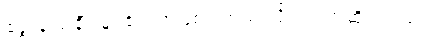
ရွေးချယ်ချီးမြှင့်ခံရတာဖြစ်ပါတယ် လို့ ၎င်းကဆိုပါတယ်။